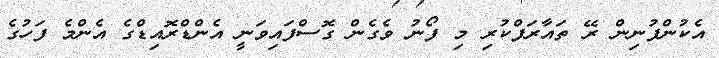
އެކުންފުނިން ރޭ ތައާރަފްކުރި މި ފޯނު ވެގެން ގޮސްފައިވަނީ އެންޑްރޮއިޑްގެ އެންމެ ފަހުގެ